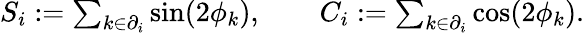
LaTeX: \begin{array}{r}{S_{i}:=\sum_{k\in\partial_{i}}\sin(2\phi_{k}),\qquad C_{i}:=\sum_{k\in\partial_{i}}\cos(2\phi_{k}).}\end{array}